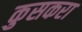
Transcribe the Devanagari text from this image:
कुसकरा